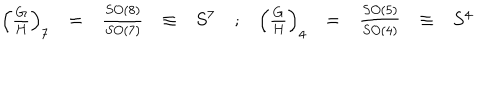
LaTeX: \begin{array} { r c c c l c r c c c l } { { \left( \frac { G } { H } \right) _ { 7 } } } & { { = } } & { { \frac { S O ( 8 ) } { S O ( 7 ) } } } & { { \equiv } } & { { S ^ { 7 } } } & { { ; } } & { { \left( \frac { G } { H } \right) _ { 4 } } } & { { = } } & { { \frac { S O ( 5 ) } { S O ( 4 ) } } } & { { \equiv } } & { { S ^ { 4 } } } \\ \end{array}